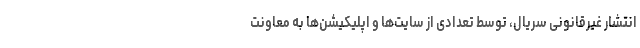
انتشار غیرقانونی سریال، توسط تعدادی از سایت‌ها و اپلیکیشن‌ها به معاونت